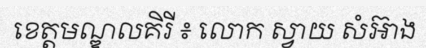
ខេត្តមណ្ឌលគិរី ៖ លោក ស្វាយ សំអ៊ាង